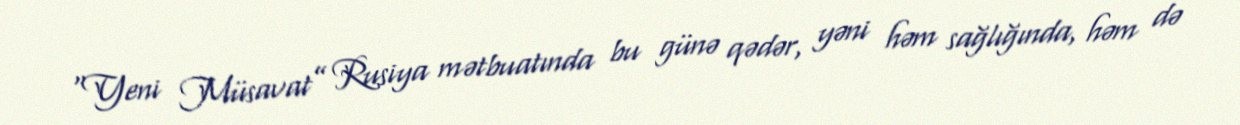
“Yeni Müsavat” Rusiya mətbuatında bu günə qədər, yəni həm sağlığında, həm də